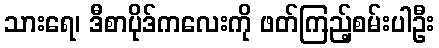
သားရေ၊ ဒီစာပိုဒ်ကလေးကို ဖတ်ကြည့်စမ်းပါဦး